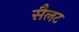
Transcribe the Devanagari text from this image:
सैलट